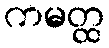
ကမတ္ထ